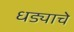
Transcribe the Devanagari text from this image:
धड्याचे